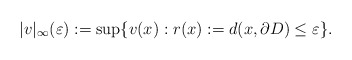
\begin{align*} |v| _{\infty}(\varepsilon ):=\sup\{v(x): r(x):=d(x,\partial D)\leq \varepsilon \}.\end{align*}